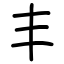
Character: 丰